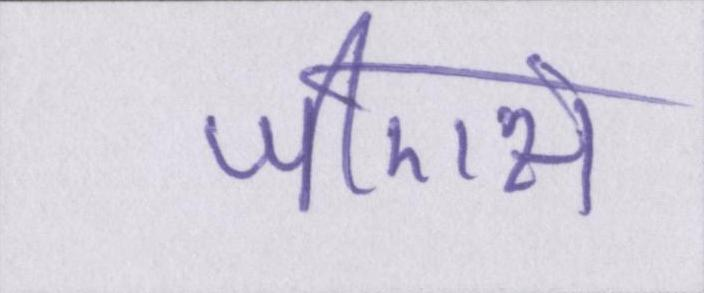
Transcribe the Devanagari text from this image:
जीएस